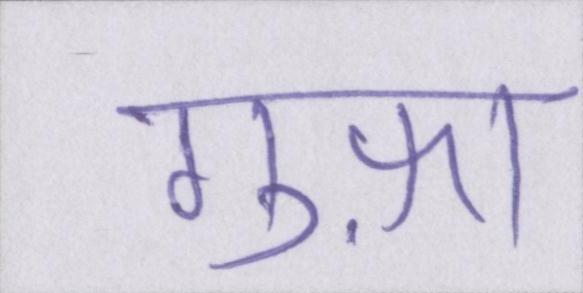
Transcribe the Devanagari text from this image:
गुफ़ा